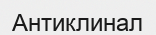
Антиклинал